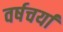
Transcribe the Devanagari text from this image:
वर्षचर्या